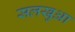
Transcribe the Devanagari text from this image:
सलखुआ